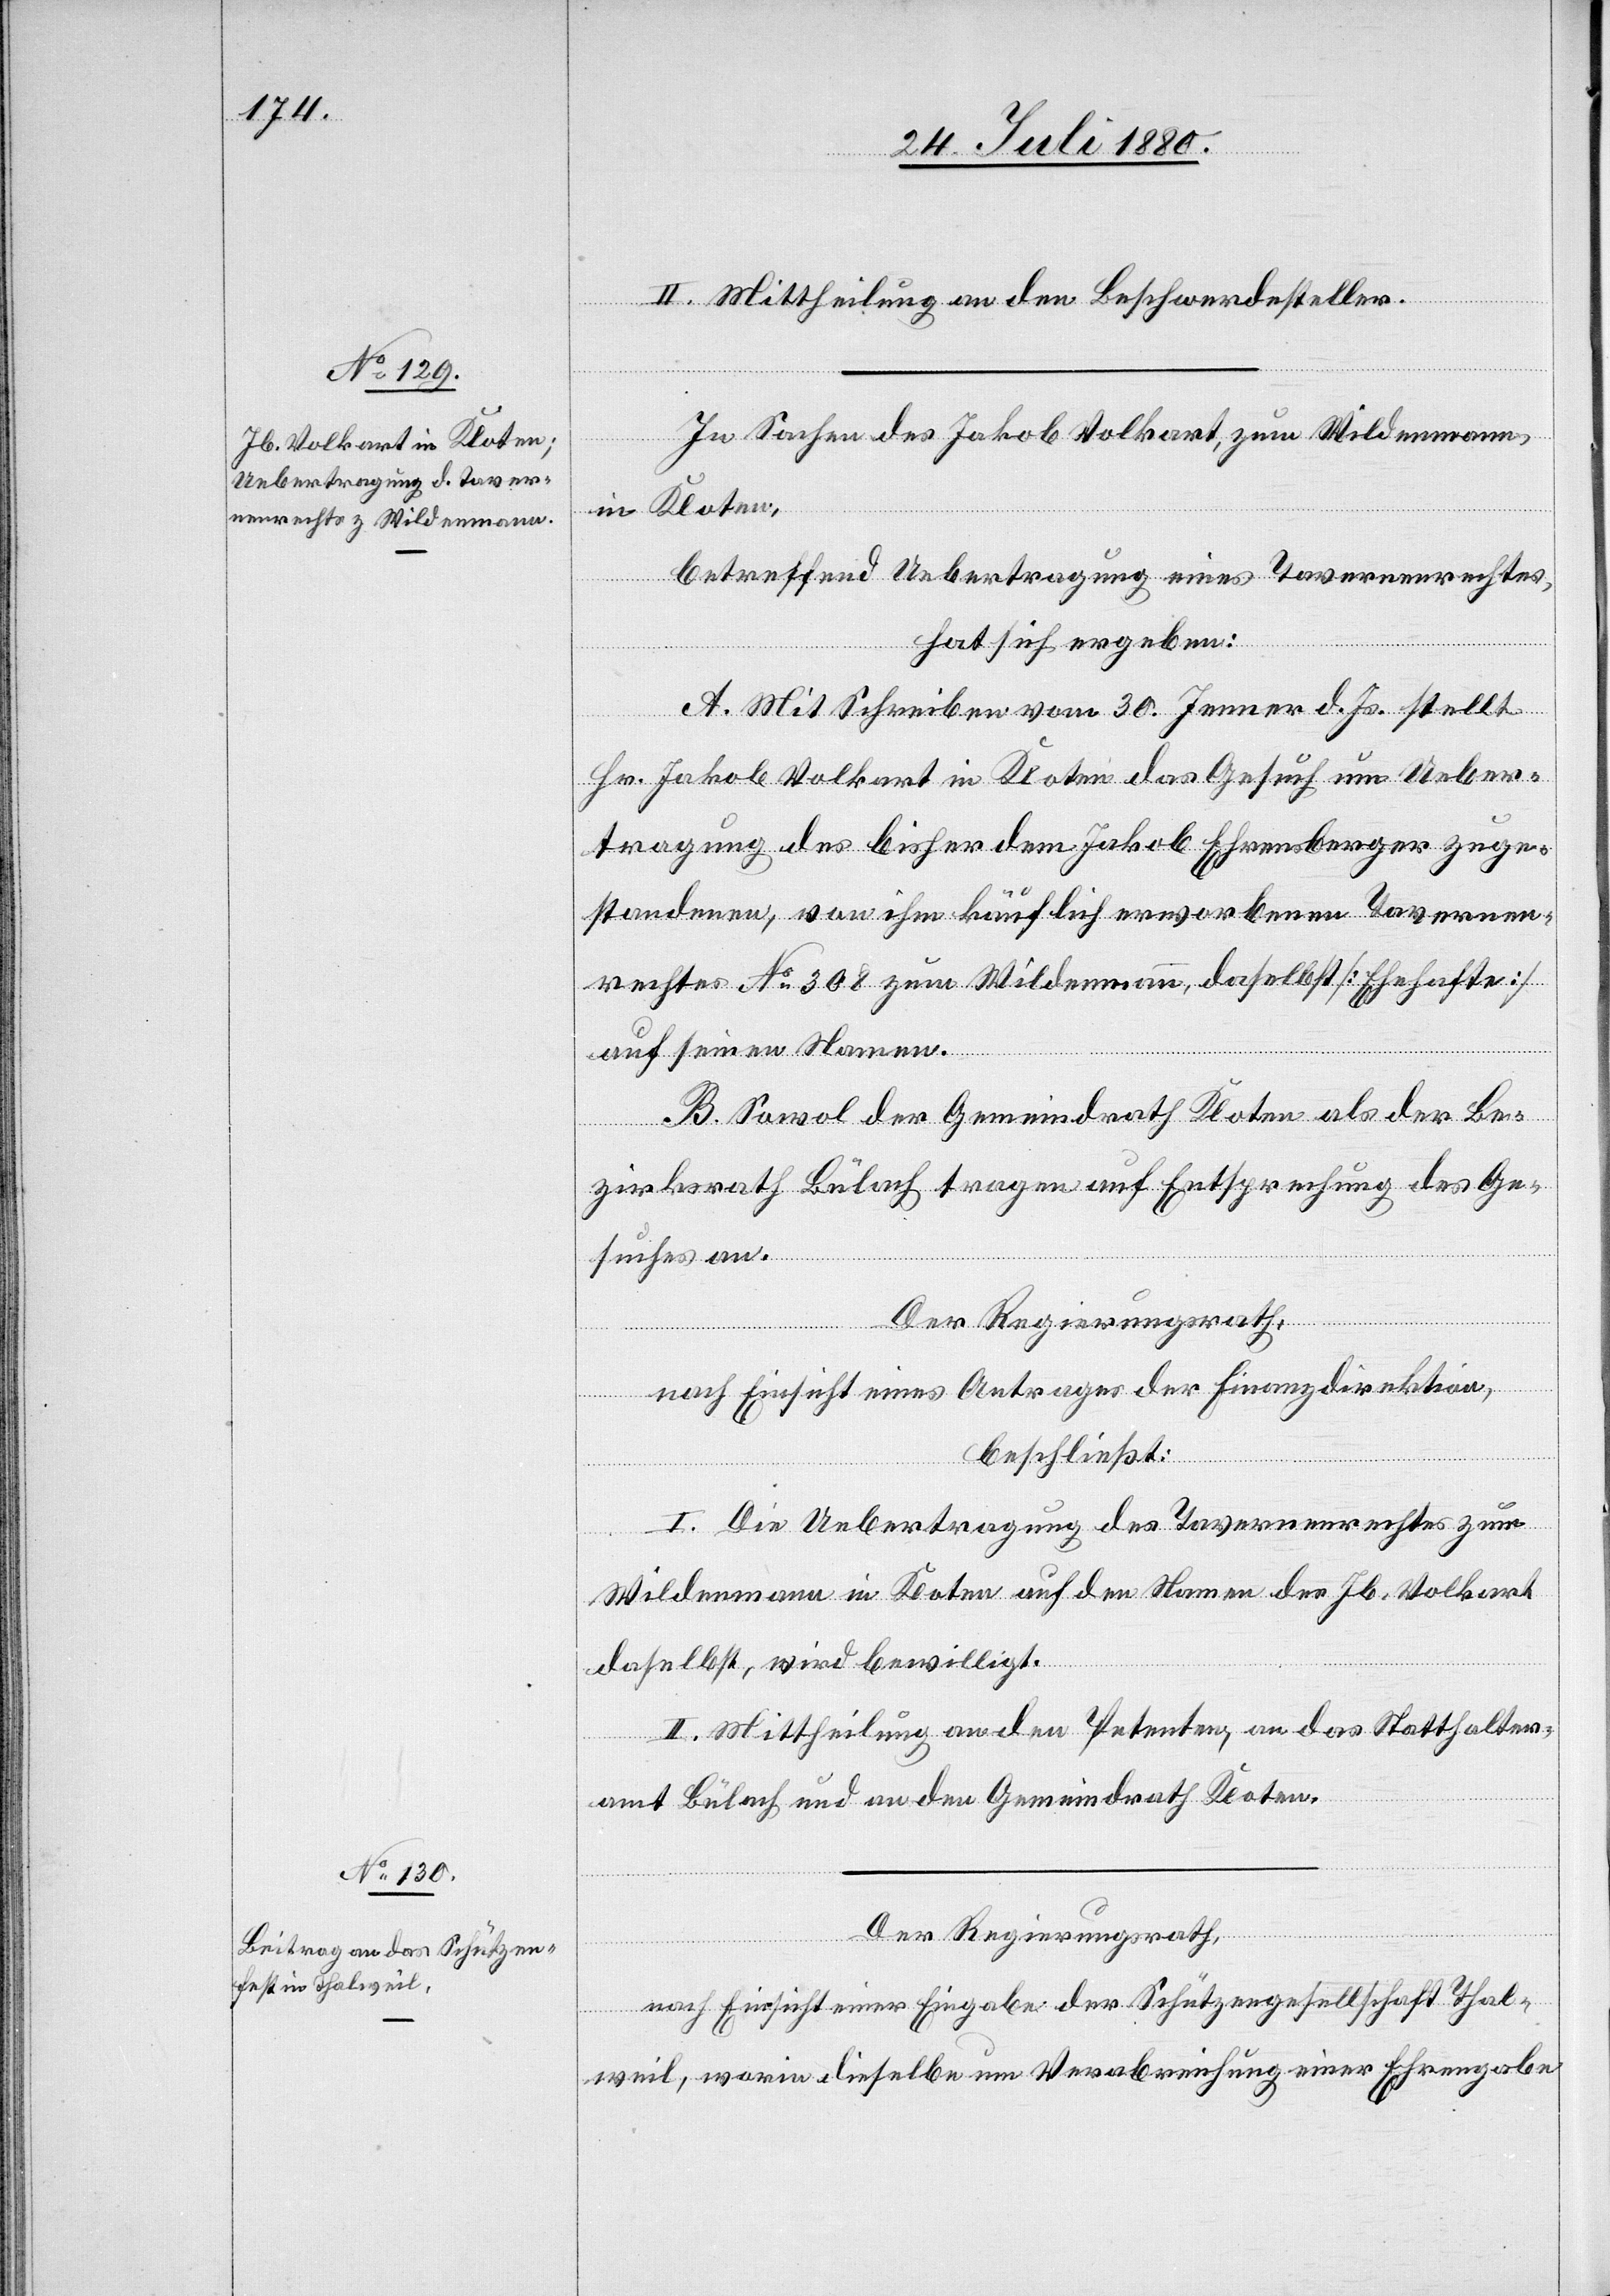
II. Mittheilung an den Beschwerdesteller.
In Sachen des Jakob Volkart, zum Wildenmann,
in Kloten,
betreffend Uebertragung eines Tavernenrechtes,
hat sich ergeben:
A. Mit Schreiben vom 30. Jenner d. Js. stellt
Hr. Jakob Volkart in Kloten das Gesuch um Ueber¬
tragung des bisher dem Jakob Ehrensberger zuge¬
standenen, von ihm käuflich erworbenen Tavernen¬
rechtes No 308 zum Wildenmann, daselbst [Ehehafte]
auf seinen Namen.
B. Sowol der Gemeindrath Kloten als der Be¬
zirksrath Bülach tragen auf Entsprechung des Ge¬
suches an.
Der Regierungsrath,
nach Einsicht eines Antrages der Finanzdirektion,
beschließt:
I. Die Uebertragung des Tavernenrechtes zum
Wildenmann in Kloten auf den Namen des Jb. Volkart
daselbst, wird bewilligt.
II. Mittheilung an den Petenten, an das Statthalter¬
amt Bülach und an den Gemeindrath Kloten.
Der Regierungsrath,
nach Einsicht einer Eingabe der Schützengesellschaft Thal¬
weil, worin dieselbe um Verabreichung einer Ehrengabe